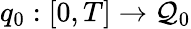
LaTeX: q_{0}:[0,T]\to\mathcal{Q}_{0}